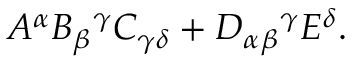
A ^ { \alpha } B _ { \beta } { } ^ { \gamma } C _ { \gamma \delta } + D _ { \alpha } { } _ { \beta } { } ^ { \gamma } E ^ { \delta } .